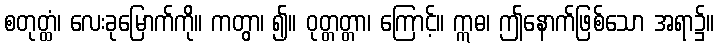
စတုတ္ထံ၊ လေးခုမြောက်ကို။ ကတွာ၊ ၍။ ဝုတ္တတ္တာ၊ ကြောင့်။ ဣဓ၊ ဤနောက်ဖြစ်သော အရာ၌။